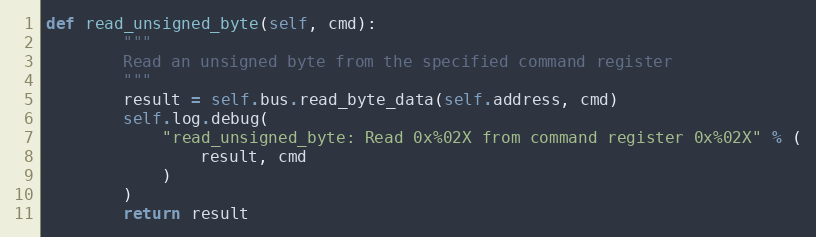
Language: Python
def read_unsigned_byte(self, cmd):
        """
        Read an unsigned byte from the specified command register
        """
        result = self.bus.read_byte_data(self.address, cmd)
        self.log.debug(
            "read_unsigned_byte: Read 0x%02X from command register 0x%02X" % (
                result, cmd
            )
        )
        return result